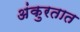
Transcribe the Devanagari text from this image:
अंकुरतात